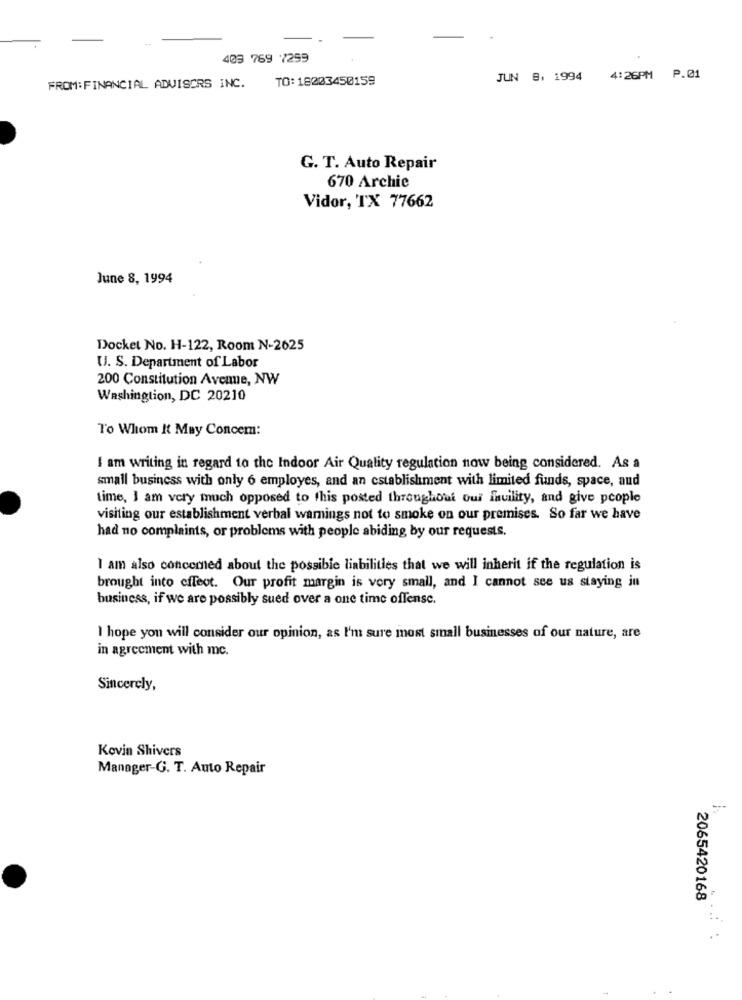
403 769 7259
TO: 18203450159
JUN 8, 1994
4:26PM P.01
FROM: FINANCIAL ADVISORS INC.
G. T. Auto Repair
670 Archie
Vidor, TX 77662
June 8, 1994
Docket No. H-122, Room N-2625
U. S. Department of Labor
200 Constitution Avenue, NW
Washington, DC 20210
To Whom It May Concem:
I am writing in regard to the Indoor Air Quality regulation now being considered. As a
small business with only 6 employes, and an establishment with limited funds, space, aud
time, I am very much opposed to this posted throughout oui facility, and give people
visiting our establishment verbal warnings not to smoke on our premises. So far we have
had no complaints, or problems with people abiding by our requests.
I am also concemed about the possible liabilities that we will inherit if the regulation is
brought into effect. Our profit margin is very small, and I cannot see us staying in
business, if we are possibly sued over a one time offense.
I hope you will consider our opinion, as I'm sure most small businesses of our nature, are
in agreement with mc.
Sincerely,
Kevin Shivers
Manager-G. T. Auto Repair
2065420168